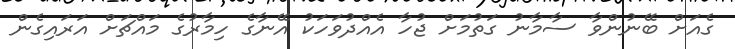
ގެއަށް ބޭނުންވާ ސާމާނު ގަތުމަށް ޖުހާ އެއްދުވަހަކު އޭނާގެ ހިމާރުގެ މައްޗަށް އަރައިގެން